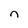
Character: n